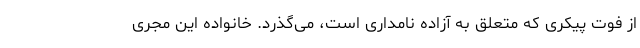
از فوت پیکری که متعلق به آزاده نامداری است، می‌گذرد. خانواده این مجری